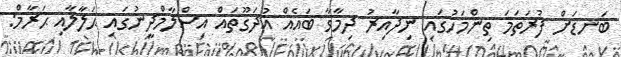
ބަނޑަށް ފުރަތަމަ ތިންމަހުގައި ނިދާއިރު ދިމާވާ ބައެއް އުދަގޫތައް އިސްލާމްދީނުގައި ޙަލާލާއި ޙަރާމް: